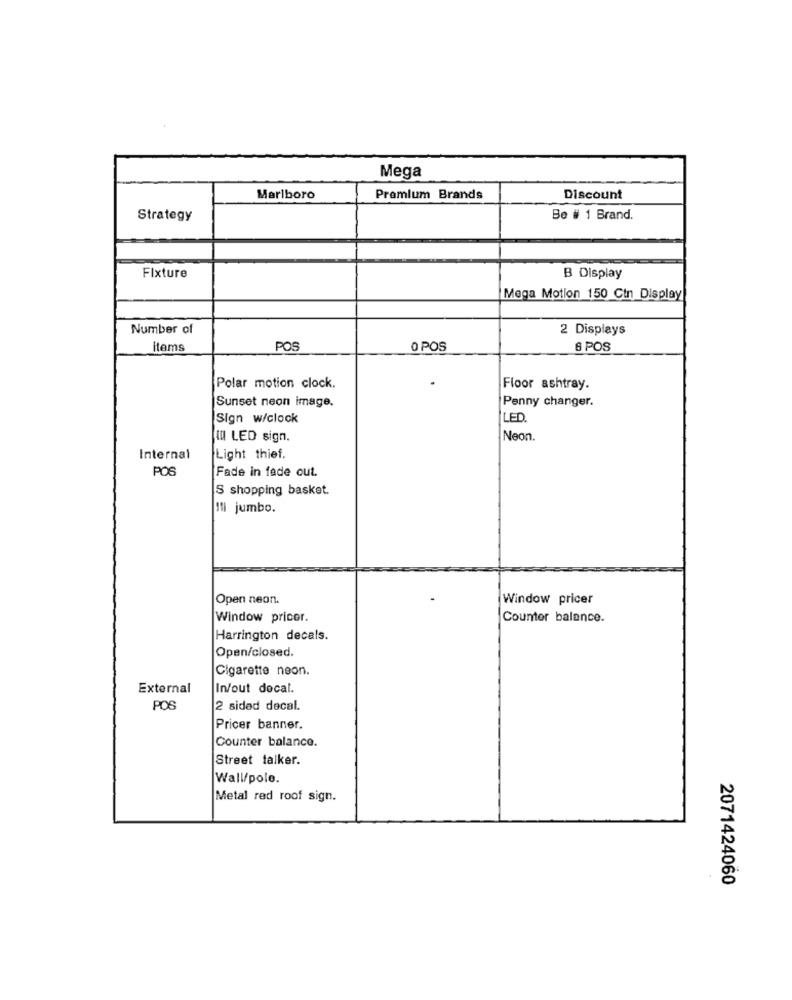
Mega
Marlboro
Premium Brands
Discount
Strategy
Be # 1 Brand.
Fixture
B Display
Mega Motion 150 Cin Display
Number of
2 Displays
items
POS
0 POS
6 POS
Polar motion clock.
Floor ashtray.
Sunset neon image.
Penny changer.
Sign w/clock
LED
III LED sign.
Neon.
Internal
Light thief.
POS
Fade in fade out.
S shopping basket.
Ili jumbo.
Open neon.
Window pricer
Window pricer.
Counter balance.
Harrington decals.
Open/closed.
Cigarette neon.
External
In/out docal.
POS
2 sided decal.
Pricer banner.
Counter balance.
Street talker.
Wall/pole.
Metal red roof sign.
2071424060